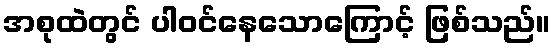
အစုထဲတွင် ပါဝင်နေသောကြောင့် ဖြစ်သည်။